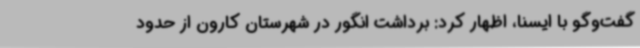
گفت‌وگو با ایسنا، اظهار کرد: برداشت انگور در شهرستان کارون از حدود